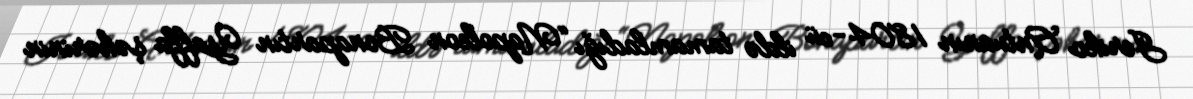
Jeriko Antuanın 1804-cü ildə tamamladığı “Napoleon Bonapartın Yaffa şəhərinin